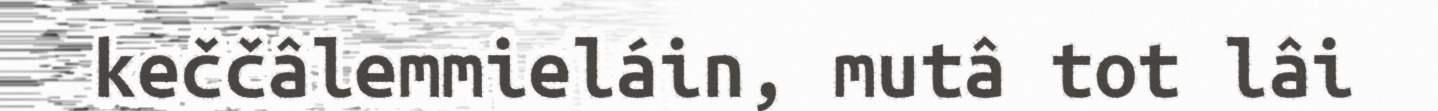
keččâlemmieláin, mutâ tot lâi